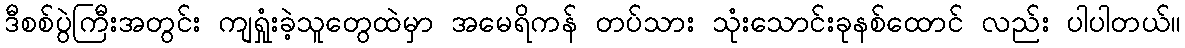
ဒီစစ်ပွဲကြီးအတွင်း ကျရှုံးခဲ့သူတွေထဲမှာ အမေရိကန် တပ်သား သုံးသောင်းခုနစ်ထောင် လည်း ပါပါတယ်။